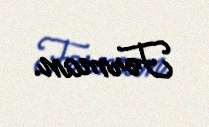
Fərman.